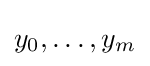
y_{0},\ldots ,y_{m}